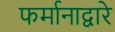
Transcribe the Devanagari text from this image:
फर्मानाद्वारे